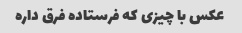
عکس با چیزی که فرستاده فرق داره